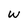
Character: w